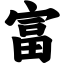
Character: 富